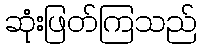
ဆုံးဖြတ်ကြသည်